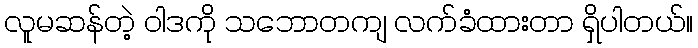
လူမဆန်တဲ့ ဝါဒကို သဘောတကျ လက်ခံထားတာ ရှိပါတယ်။